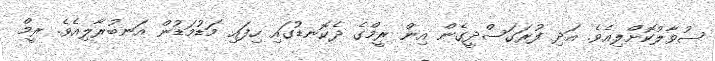
ސުވާލުކޮށްލިއެވެ. އަދި ފުރަގަސްދީގެން އިން ރީމްގެ ދެކޮނޑުގައި ހިފައި މަޑުމަޑުން އަނބުރާލިއެވެ. ރީމް